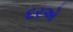
દરએ